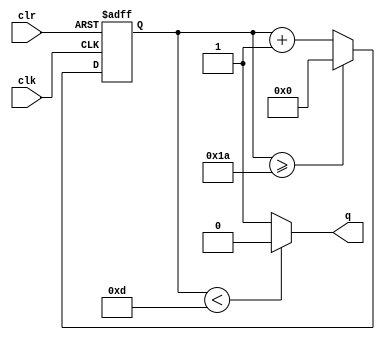
/*
Mdulo divisor de frequncia 

Frequencia de entrada: 27 MHz.
Frequencia de saida: 1 MHz.
*/
module divisorFrequencia (
							input	clk,				// Sinal de clock de entrada de 27 MHz.
							input	clr,				// Sinal de reinicilizao do divisor.
							output	q					// Sinal de clock de sada de 100 KHz.
						);
					
reg [4:0] contador;										// Registrador para contagem da razo de converso.

parameter DIVISOR = 5'd27; 								// Inicializa com 27 (razo de converso de 27 MHz para 1 MHz).

always @(posedge clk or negedge clr)							// Reage  borda de subida do sinal ClockIn_27MHz ou  borda de descida do sinal de reinicializao.
	if (!clr)	contador <= 5'd0; 								// Reinicializa o contador.
	else if(contador >= DIVISOR - 5'd1) contador <= 5'd0; 		// Verifica o overflow do contador para reinicializao da contagem.
	else contador <= contador + 5'd1;							// Incrementa o contador.

assign q = (contador < DIVISOR/2)?1'b0:1'b1;					// Implementa o sinal de sada.
endmodule